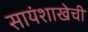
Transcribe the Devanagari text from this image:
सायंशाखेची